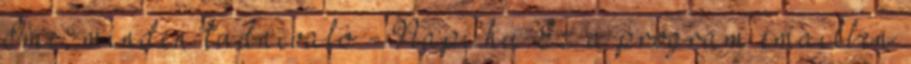
Íme, minden tudnivaló - Napi.hu Ez a program emailben